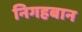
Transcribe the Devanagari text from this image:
निगहबान